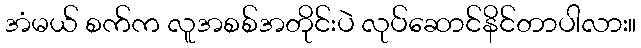
အံမယ် စက်က လူအစစ်အတိုင်းပဲ လုပ်ဆောင်နိင်တာပါလား။